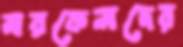
মরকেলদের